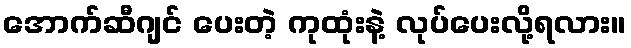
အောက်ဆီဂျင် ပေးတဲ့ ကုထုံးနဲ့ လုပ်ပေးလို့ရလား။